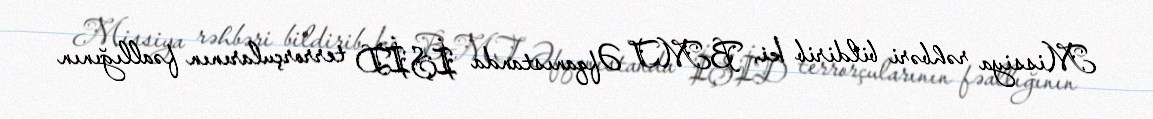
Missiya rəhbəri bildirib ki, BMT Əfqanıstanda İŞİD terrorçularının fəallığının